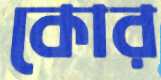
কোর